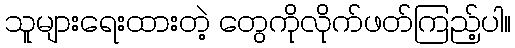
သူများရေးထားတဲ့ တွေကိုလိုက်ဖတ်ကြည့်ပါ။